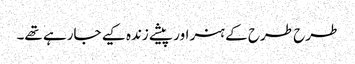
طرح طرح کے ہنر اور پیشے زندہ کیے جارہے تھے۔